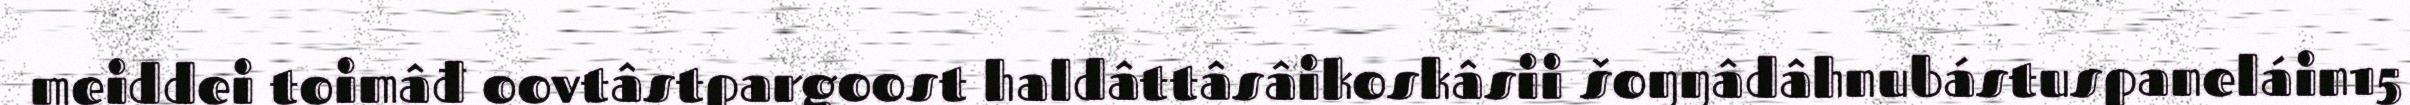
meiddei toimâđ oovtâstpargoost haldâttâsâikoskâsii šoŋŋâdâhnubástuspaneláin15